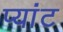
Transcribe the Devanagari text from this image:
प्यांट